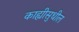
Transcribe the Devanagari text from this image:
काह्यीसुधील